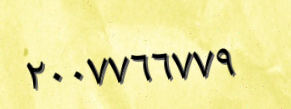
٢٠٠٧٧٦٦٧٧٩